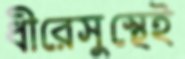
ধীরেসুস্থেই